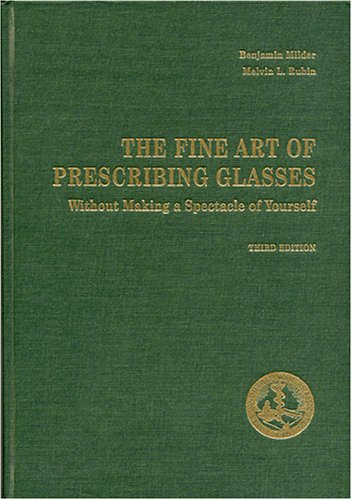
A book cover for The Fine Art of Prescribing Glasses: Without Making a Spectacle of Yourself; Benjamin Milder; Medical Books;